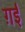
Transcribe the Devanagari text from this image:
ग़ईं